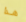
هذا